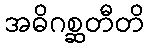
အဓိဂစ္ဆတီတိ